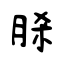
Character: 脎